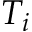
T _ { i }